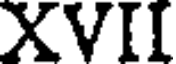
XVII